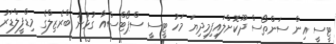
ޓީސީ އިން ސަންތޯސް ދޫކޮށްލައިފިމިދިޔަ މަހު ޓީސީ ސްޕޯޓްސްއާ ގުޅުނު ބްރެޒިލްގެ މިޑްފީލްޑަރު